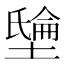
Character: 𡑘